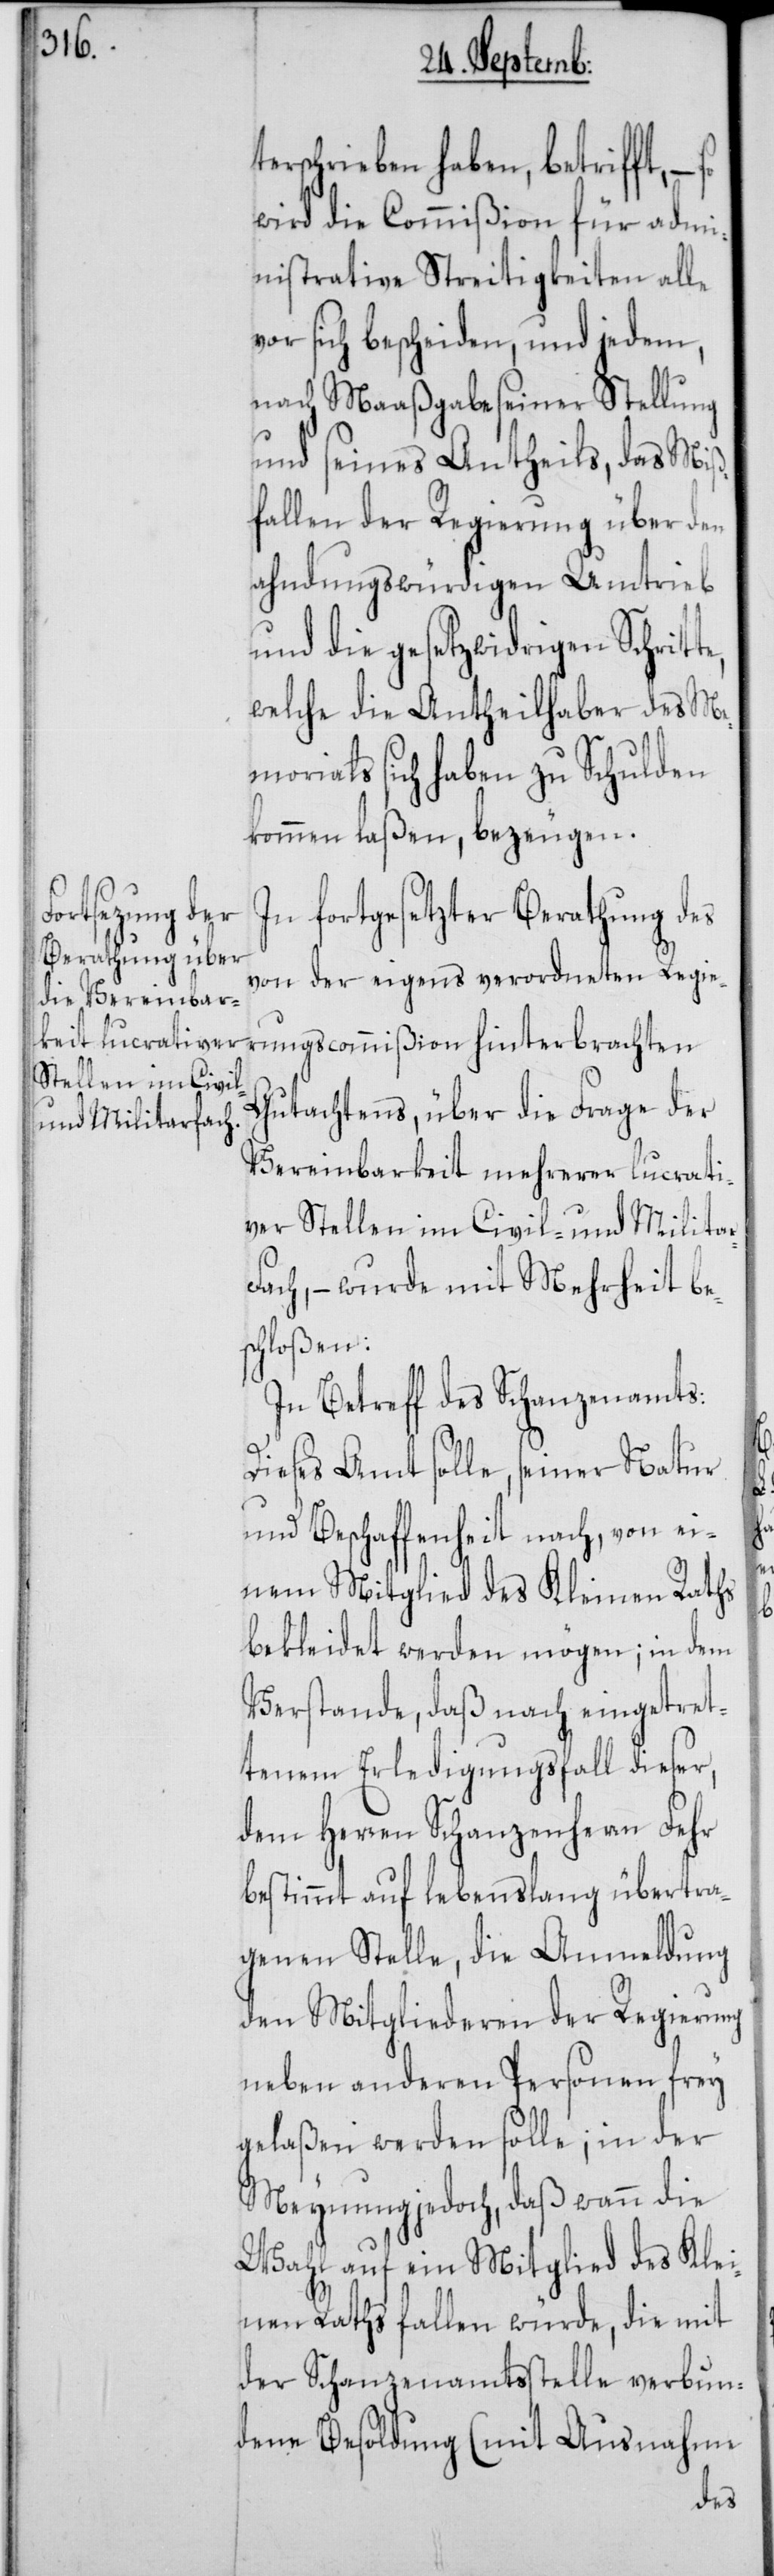
terschrieben haben, betrifft, –
wird die Commißion für adm¬
inistrative Streitigkeiten alle
vor sich bescheiden, und jedem,
nach Maaßgabe seiner Stellung
und seines Antheils, das Miß¬
fallen der Regierung über den
ahndungswürdigen Umtrieb
und die gesetzwidrigen Schrit¬
welche die Antheilhaber des M¬
emorials sich haben zu Schulden
kommen laßen, bezeugen.
In fortgesetzter Berathung des
von der eigens verordneten Regie¬
rungscommißion hinterbrachten
Gutachtens, über die Frage der
Vereinbarkeit mehrerer lucrati¬
ver Stellen im Civil- und Milita¬
rfach, – wurde mit Mehrheit be¬
schloßen:
In Betreff des Schanzenamts:
Dieses Amt solle, seiner Natur
und Beschaffenheit nach, von ei¬
nem Mitglied des Kleinen Raths
bekleidet werden mögen; in dem
Verstande, daß nach eingetret¬
tenem Erledigungsfall dieser,
dem Herren Schanzenherrn Fehr
bestimmt auf lebenslang übertra¬
genen Stelle, die Anmeldung
den Mitgliederen der Regierung
neben anderen Personen frey
gelaßen werden solle; in der
Meynung jedoch, daß wann die
Wahl auf ein Mitglied des Klei¬
nen Raths fallen würde, die mit
der Schanzamtsstelle verbun¬
dene Besoldung (mit Ausnahme
te,